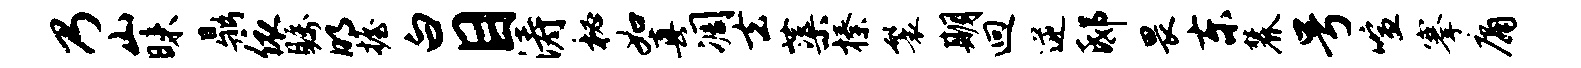
乃山昧鼎依瞩明握白目涛秘如真凋去蕖榛鬟期迥逆邸畏东麓号喧搴庸